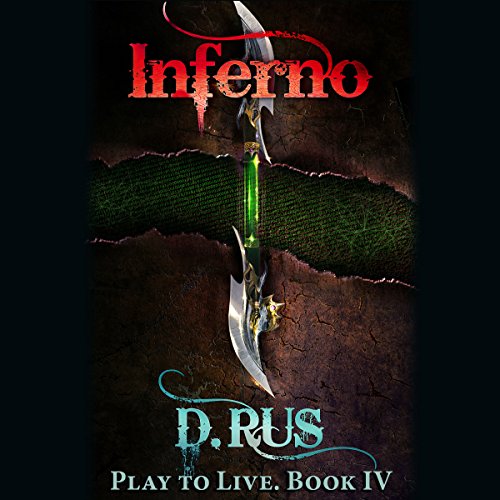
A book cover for Inferno: Play to Live, Book 4; D. Rus; Science Fiction & Fantasy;